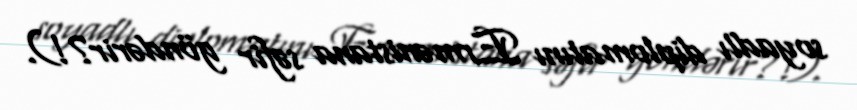
soyadlı diplomatını Ermənistana səfir göndərir?!).